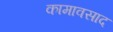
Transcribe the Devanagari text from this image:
कामावसाद